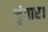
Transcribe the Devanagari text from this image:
शृंगार।